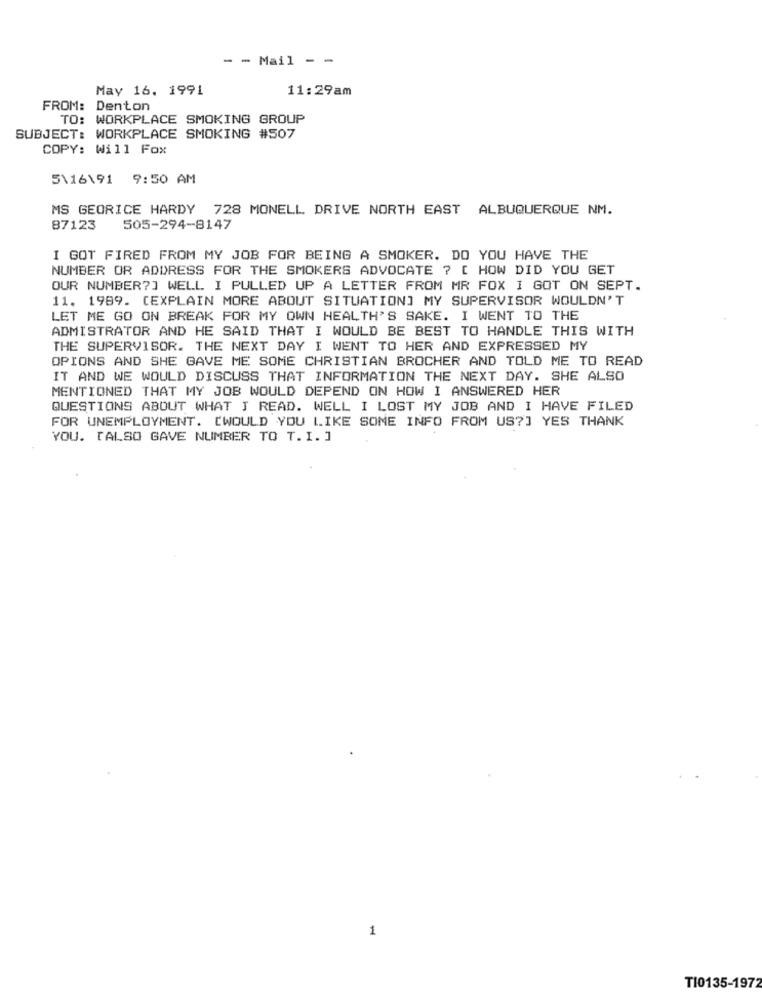
- - Mail - -
May 16. 1991
11:29am
FROM: Denton
TO: WORKPLACE SMOKING GROUP
SUBJECT: WORKPLACE SMOKING #507
COPY: Will Fox
5\16191 9:50 AM
MS GEORICE HARDY 728 MONELL DRIVE NORTH EAST ALBUQUERQUE NM.
87123
505-294-8147
I GOT FIRED FROM MY JOB FOR BEING A SMOKER. DO YOU HAVE THE
NUMBER OR ADDRESS FOR THE SMOKERS ADVOCATE ? [ HOW DID YOU GET
OUR NUMBER?] WELL I PULLED UP A LETTER FROM MR FOX I GOT ON SEPT.
11. 1989. (EXPLAIN MORE ABOUT SITUATION] MY SUPERVISOR WOULDN'T
LET ME GO ON BREAK FOR MY OWN HEALTH'S SAKE. I WENT TO THE
ADMISTRATOR AND HE SAID THAT I WOULD BE BEST TO HANDLE THIS WITH
THE SUPERVISOR. THE NEXT DAY I WENT TO HER AND EXPRESSED MY
OPIONS AND SHE GAVE ME SOME CHRISTIAN BROCHER AND TOLD ME TO READ
IT AND WE WOULD DISCUSS THAT INFORMATION THE NEXT DAY. SHE ALSO
MENTIONED THAT MY JOB WOULD DEPEND ON HOW I ANSWERED HER
QUESTIONS ABOUT WHAT I READ. WELL I LOST MY JOB AND I HAVE FILED
FOR UNEMPLOYMENT. [WOULD YOU LIKE SOME INFO FROM US?] YES THANK
YOU. [ALSO GAVE NUMBER TO T. I. ]
1
TI0135-1972